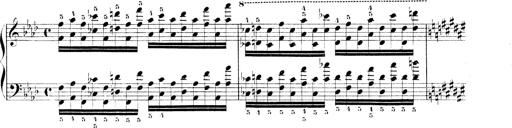
Title: Technische Studien
Composer: Franz Liszt